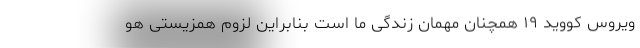
ویروس کووید ۱۹ همچنان مهمان زندگی ما است بنابراین لزوم همزیستی هو